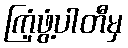
ကြံ့ဖွံ့ပါတီမှ